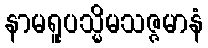
နာမရူပသ္မိမသဇ္ဇမာနံ